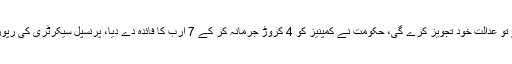
چیف جسٹس نے کہا کمیشن کے لیے نام بہتر نہ ہوئے تو عدالت خود تجویز کرے گی، حکومت نے کمپنیز کو 4 کروڑ جرمانہ کر کے 7 ارب کا فائدہ دے دیا، پرنسپل سیکرٹری کی رپورٹ میں الفاظ کے گورکھ دھندے کے علاوہ کچھ نہیں۔